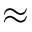
\approx